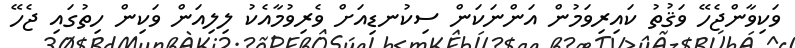
ވަކިވާންޖެހޭ ވަޤުތު ކައިރިވަމުން އަންނަކަން ސިކުނޑިއަށް ވެރިވުމާއެކު ލިލިއަން ވަކިން ހިތުގައި ޖެހޭ